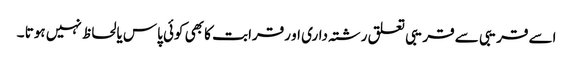
اسے قریبی سے قریبی تعلق رشتہ داری او رقرابت کا بھی کوئی پاس یالحاظ نہیں ہوتا ۔